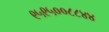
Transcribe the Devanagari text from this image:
९५९५००८८४४